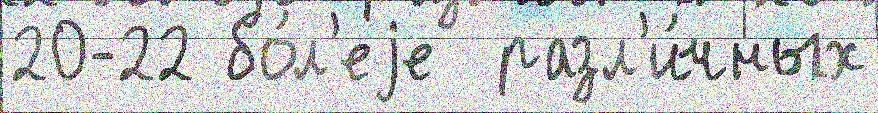
20-22 бо́л'еjе  разл'и́чных